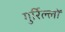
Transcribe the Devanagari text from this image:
गुर्रिल्लों